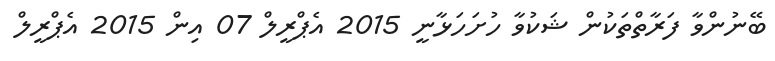
ބޭނުންވާ ފަރާތްތަކުން ޝަކުވާ ހުށަހަޅާނީ 2015 އެޕްރީލް 07 އިން 2015 އެޕްރީލް